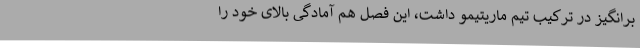
برانگیز در ترکیب تیم ماریتیمو داشت، این فصل هم آمادگی بالای خود را